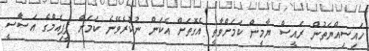
ހައިސިއްޔަތުން ރައީސް ޔާމީން ކަމަށްވާތީ އެގޮތަށް އެކަން ނުކުރެވޭނެ ކަމަށް ޕީޕިއެމްގެ އަސާސީ